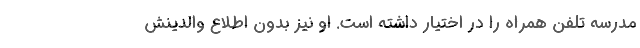
مدرسه تلفن همراه را در اختیار داشته است. او نیز بدون اطلاع والدینش